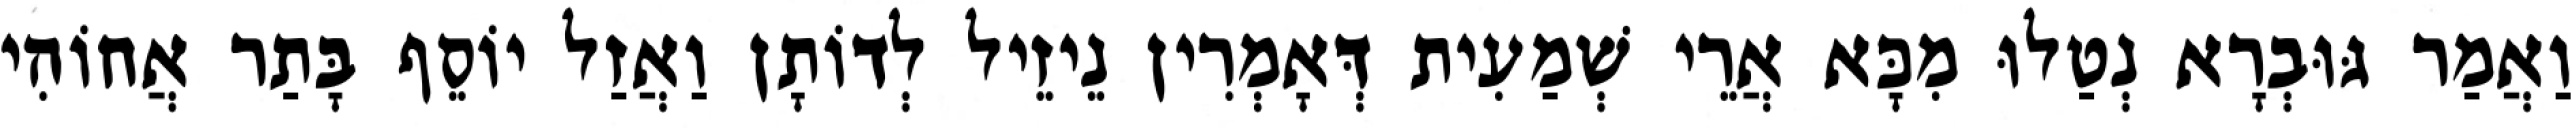
וַאֲמַר גּוּבְרָא נְטַלוּ מִכָּא אֲרֵי שְׁמַעִית דְּאָמְרִין נֵיזֵיל לְדוֹתָן וַאֲזַל יוֹסֵף בָּתַר אֲחוֹהִי